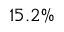
1 5 . 2 \%